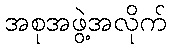
အစုအဖွဲ့အလိုက်